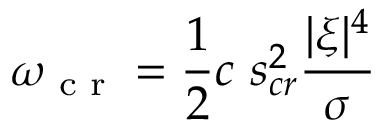
\omega _ { \textup { c r } } = \frac { 1 } { 2 } c \ s _ { c r } ^ { 2 } \frac { | \boldsymbol { \xi } | ^ { 4 } } { \sigma }